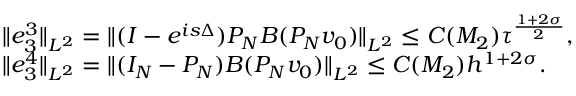
\begin{array} { r l } & { \| e _ { 3 } ^ { 3 } \| _ { L ^ { 2 } } = \| ( I - e ^ { i s \Delta } ) P _ { N } B ( P _ { N } v _ { 0 } ) \| _ { L ^ { 2 } } \leq C ( M _ { 2 } ) \tau ^ { \frac { 1 + 2 \sigma } { 2 } } , } \\ & { \| e _ { 3 } ^ { 4 } \| _ { L ^ { 2 } } = \| ( I _ { N } - P _ { N } ) B ( P _ { N } v _ { 0 } ) \| _ { L ^ { 2 } } \leq C ( M _ { 2 } ) h ^ { 1 + 2 \sigma } . } \end{array}